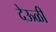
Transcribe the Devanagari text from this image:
देऊळी